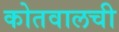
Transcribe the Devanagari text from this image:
कोतवालची